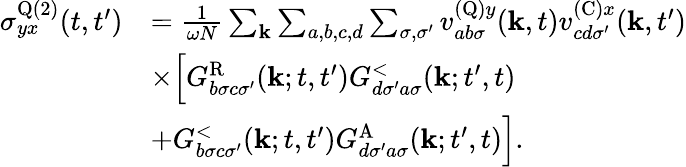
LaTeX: \begin{array}{rl}{\sigma_{yx}^{\textrm{Q}(2)}(t,t^{\prime})}&{=\frac{1}{\omega N}\sum_{\mathbf{k}}\sum_{a,b,c,d}\sum_{\sigma,\sigma^{\prime}}v_{ab\sigma}^{(\textrm{Q})y}(\mathbf{k},t)v_{cd\sigma^{\prime}}^{(\textrm{C})x}(\mathbf{k},t^{\prime})}\\ &{\times\Bigl[G_{b\sigma c\sigma^{\prime}}^{\textrm{R}}(\mathbf{k};t,t^{\prime})G_{d\sigma^{\prime}a\sigma}^{<}(\mathbf{k};t^{\prime},t)}\\ &{+G_{b\sigma c\sigma^{\prime}}^{<}(\mathbf{k};t,t^{\prime})G_{d\sigma^{\prime}a\sigma}^{\textrm{A}}(\mathbf{k};t^{\prime},t)\Bigr].}\end{array}